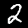
Label: 2